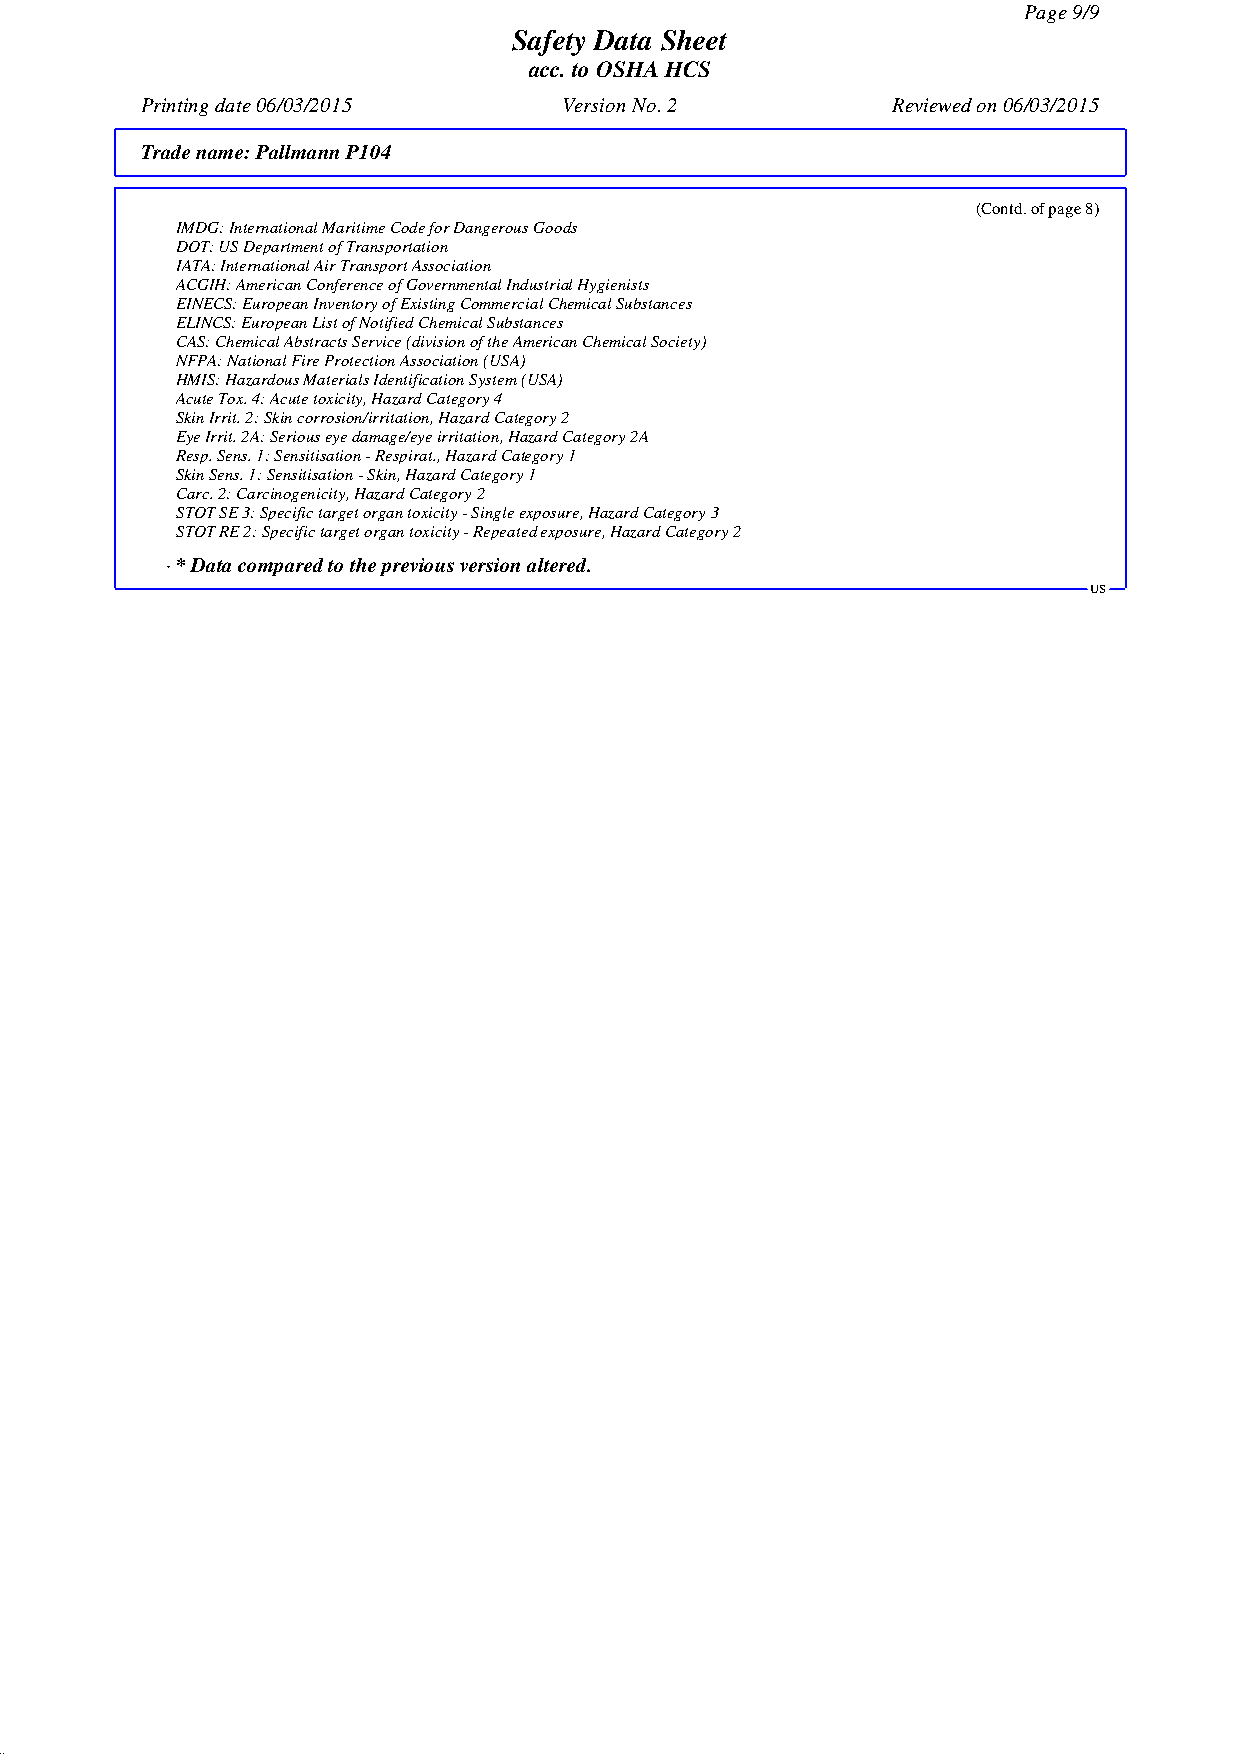
Page 9/9
 Safety Data Sheet
 acc. to OSHA HCS
 Printing date 06/03/2015    Version No. 2         Reviewed on 06/03/2015
 Trade name:Pallmann P104
 (Contd. of page 8)
 IMDG: International Maritime Code for Dangerous Goods
 DOT: US Department of Transportation
 IATA: International Air Transport Association
 ACGIH: American Conference of Governmental Industrial Hygienists
 EINECS: European Inventory of Existing Commercial Chemical Substances
 ELINCS: European List of Notified Chemical Substances
 CAS: Chemical Abstracts Service (division of the American Chemical Society)
 NFPA: National Fire Protection Association (USA)
 HMIS: Hazardous Materials Identification System (USA)
 Acute Tox. 4: Acute toxicity, Hazard Category 4
 Skin Irrit. 2: Skin corrosion/irritation, Hazard Category 2
 Eye Irrit. 2A: Serious eye damage/eye irritation, Hazard Category 2A
 Resp. Sens. 1: Sensitisation - Respirat., Hazard Category 1
 Skin Sens. 1: Sensitisation - Skin, Hazard Category 1
 Carc. 2: Carcinogenicity, Hazard Category 2
 STOT SE 3: Specific target organ toxicity - Single exposure, Hazard Category 3
 STOT RE 2: Specific target organ toxicity - Repeated exposure, Hazard Category 2
 · * Data compared to the previous version altered.
 US
 41.0